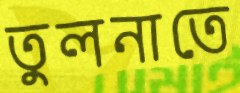
তুলনাতে